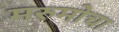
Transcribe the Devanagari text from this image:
मरुमोचा